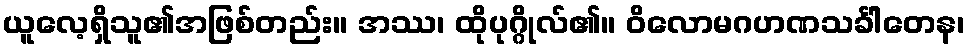
ယူလေ့ရှိသူ၏အဖြစ်တည်း။ အဿ၊ ထိုပုဂ္ဂိုလ်၏။ ဝိလောမဂဟဏသင်္ခါတေန၊